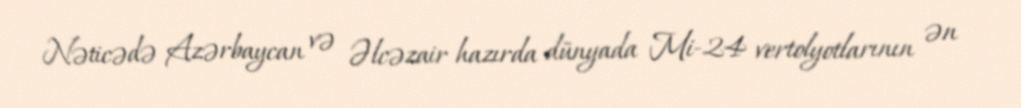
Nəticədə Azərbaycan və Əlcəzair hazırda dünyada Mi-24 vertolyotlarının ən